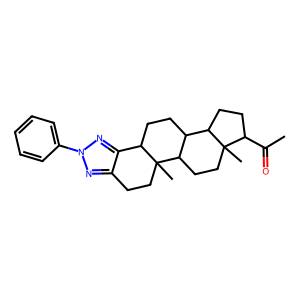
SMILES: CC(=O)C1CCC2C3CCC4c5nn(-c6ccccc6)nc5CCC4(C)C3CCC12C
Inhibits HIV replication: No